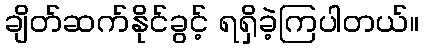
ချိတ်ဆက်နိုင်ခွင့် ရရှိခဲ့ကြပါတယ်။